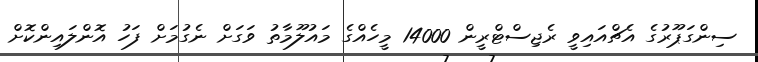
ސިންގަޕޫރުގެ އެޗްއައިވީ ރެޖިސްޓްރީން 14000 މީހެއްގެ މައުލޫމާތު ވަގަށް ނެގުމަށް ފަހު އޮންލައިންކޮށް